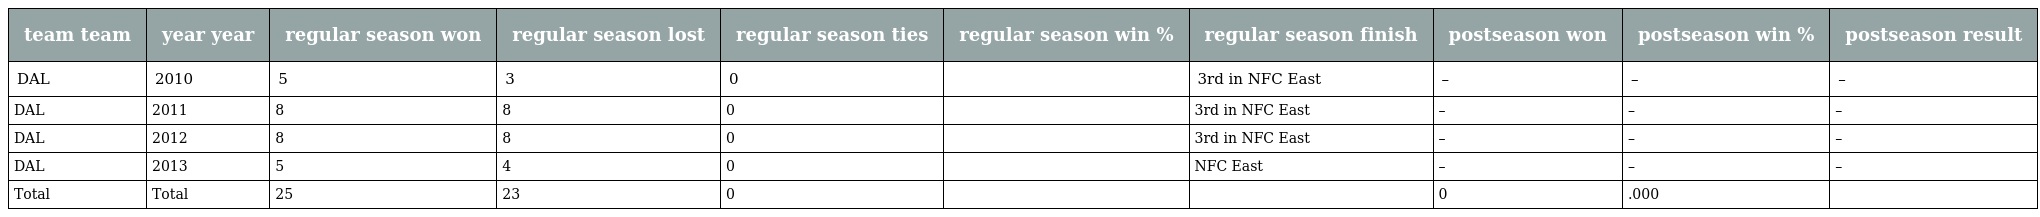
| team team | year year | regular season won | regular season lost | regular season ties | regular season win % | regular season finish | postseason won | postseason win % | postseason result |
 | --- | --- | --- | --- | --- | --- | --- | --- | --- | --- |
 | DAL | 2010 | 5 | 3 | 0 |  | 3rd in NFC East | – | – | – |
 | DAL | 2011 | 8 | 8 | 0 |  | 3rd in NFC East | – | – | – |
 | DAL | 2012 | 8 | 8 | 0 |  | 3rd in NFC East | – | – | – |
 | DAL | 2013 | 5 | 4 | 0 |  | NFC East | – | – | – |
 | Total | Total | 25 | 23 | 0 |  |  | 0 | .000 |  |